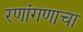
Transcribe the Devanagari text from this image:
रणांगणाचा